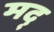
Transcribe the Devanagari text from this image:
मद्